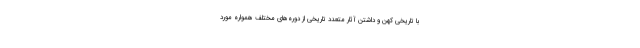
با تاریخی کهن و داشتن آثار متعدد تاریخی از دوره‌های مختلف همواره مورد